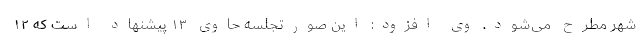
شهر مطرح می‌شود. وی افزود: این صورتجلسه حاوی ۱۳ پیشنهاد است که ۱۲